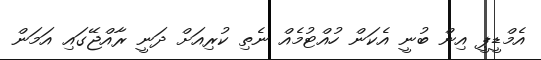
އެމްޑީޕީ އިން ބުނީ އެކަން ހުއްޓުމެއް ނެތި ކުރިއަށް ދަނީ ރާއްޖޭގައި އަމަން